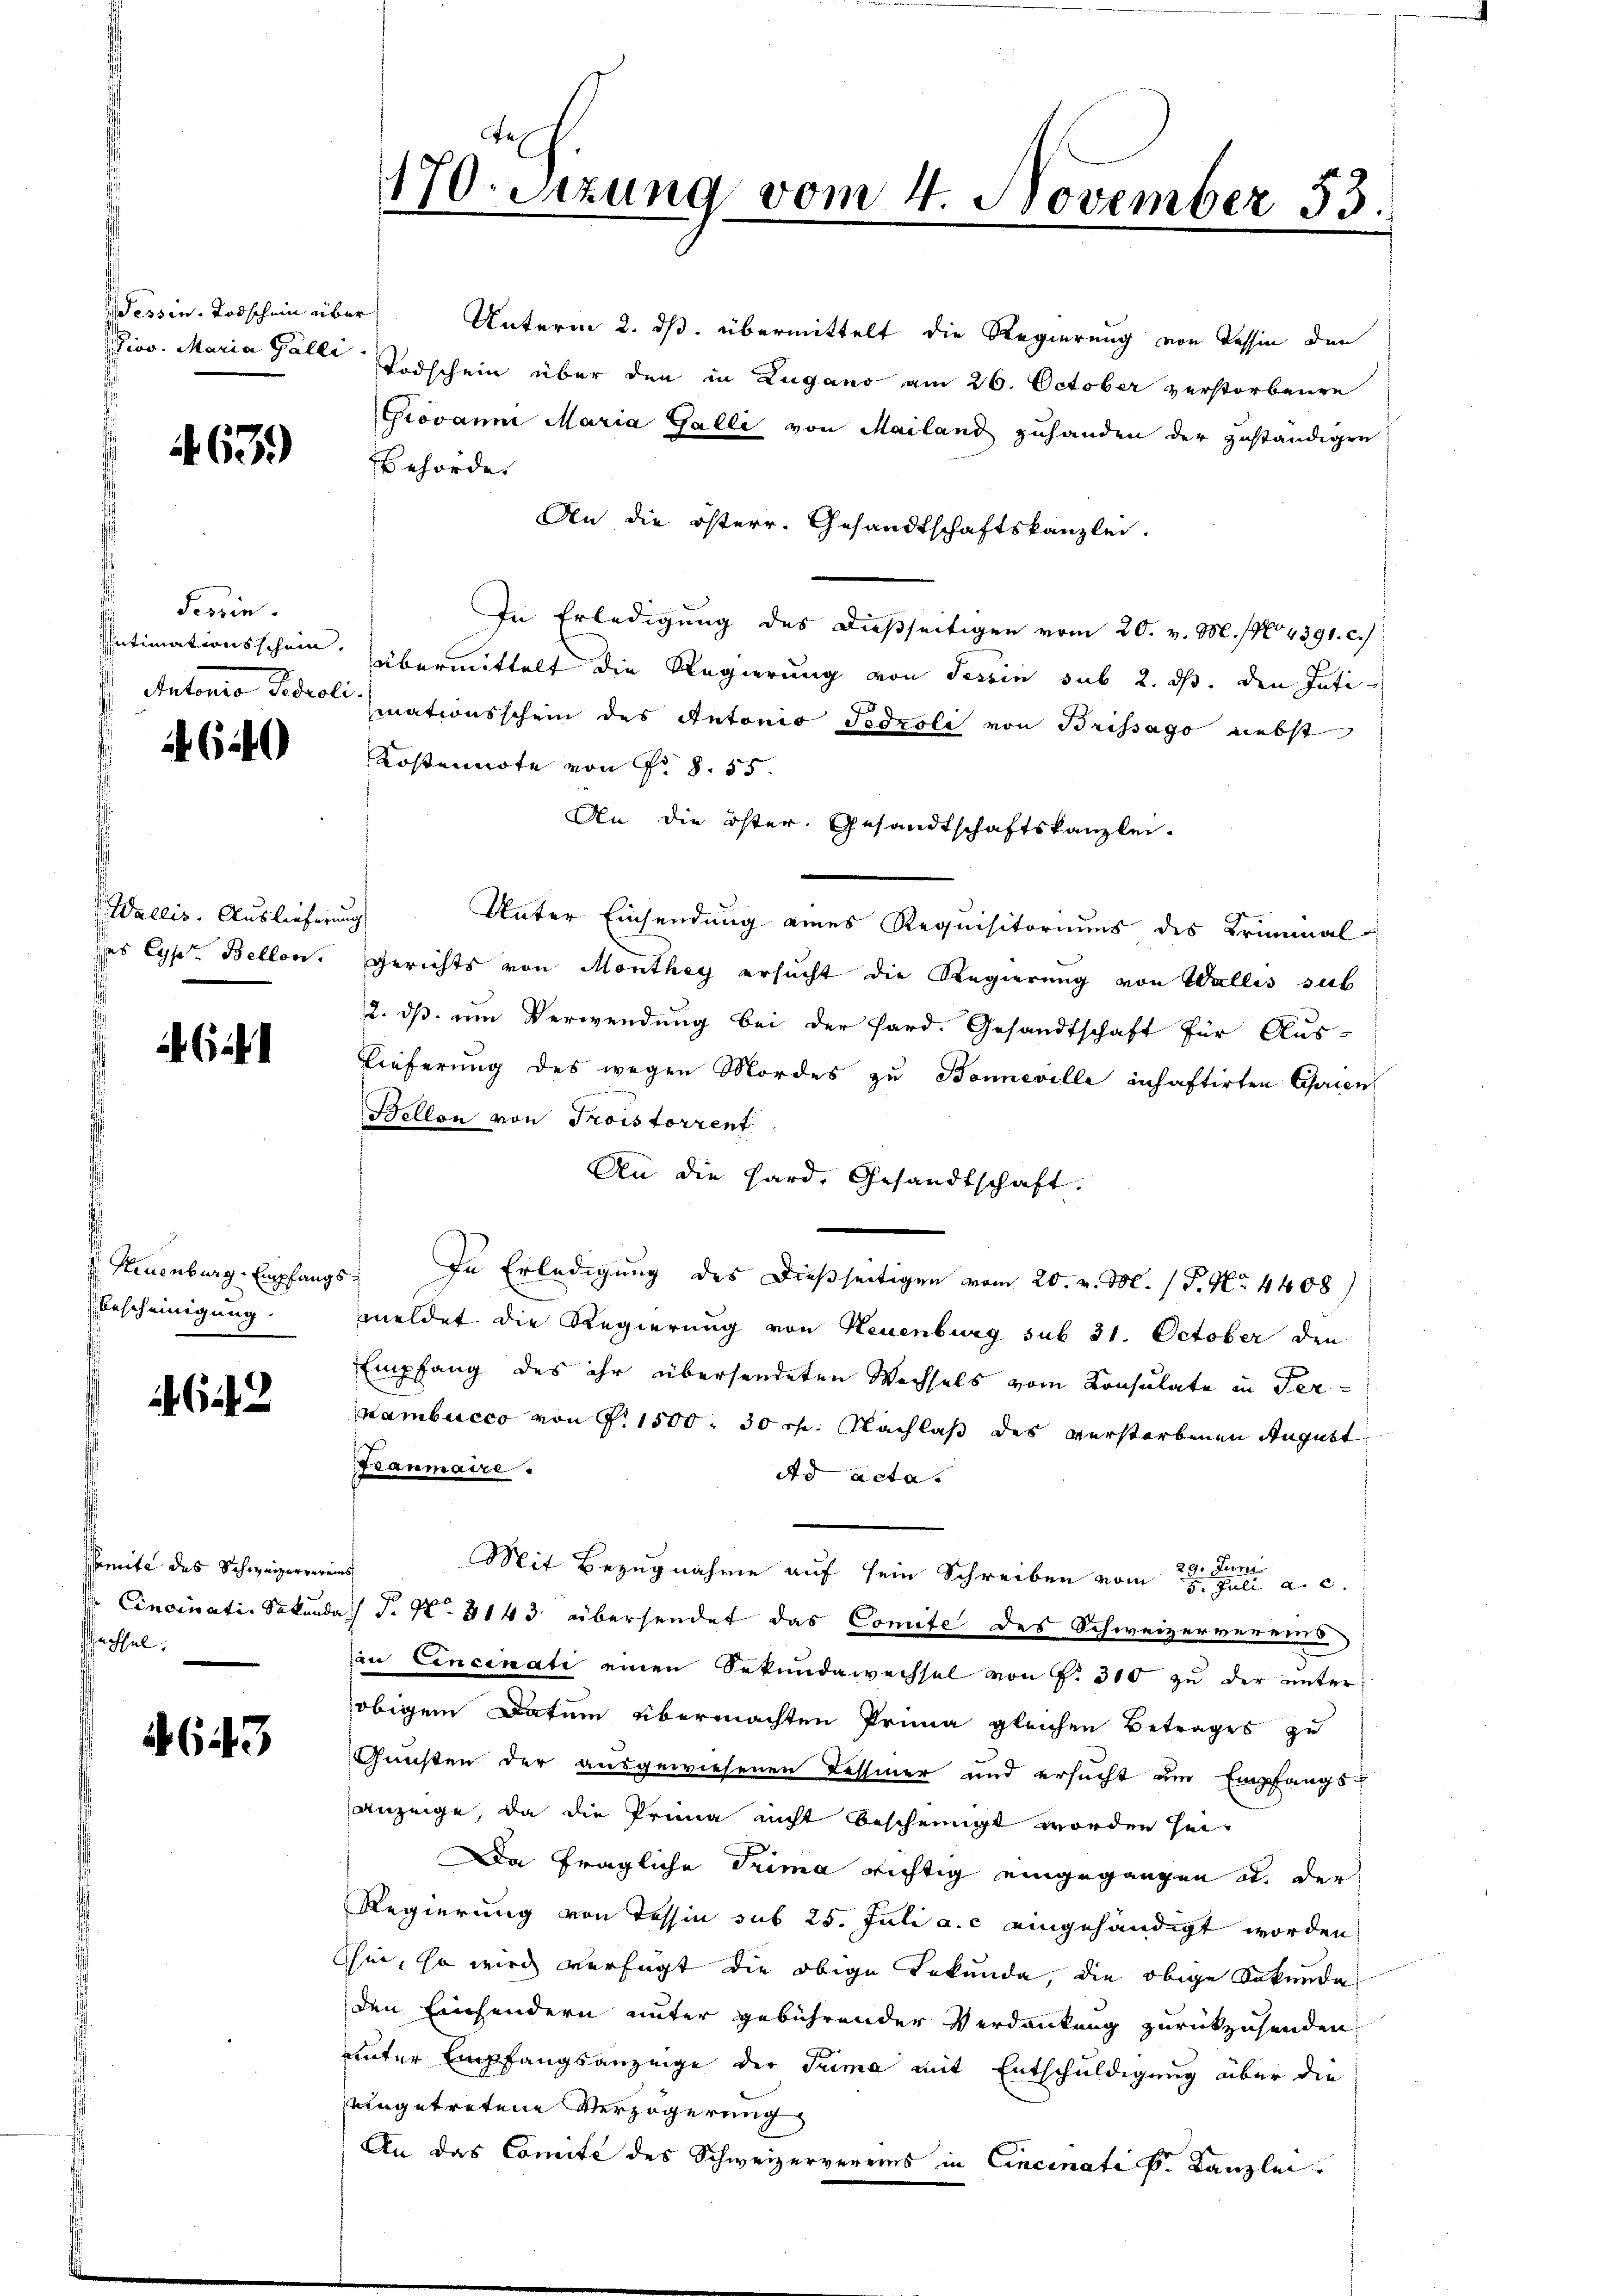
Beine Raschien über

463)

Feszin
 Autorio Paroli

640

V. Wallis. Auslieferung

624

Bescheinigung.

somite des Schweizering
ffartel.

643

170. Sitzung vom 4. November 53

Unterm 2. ds. übermittelt die Regierung von Tessin den
ior. Maria Haller Todschein über den in Zugano am 26. October verstorbenen
Giovan Maria Galli von Mailand zuhanden der zuständigen
Behörde
An die österr. Gesandtschaftskanzlei.
In Erledigung des dießseitigen vom 20. v. M. (No 4391. c.
Intimationsschein übermittelt die Regierung von darin sub 2. ds. den Inti-
mationsschein des Antonio Fedroli von Brissago nebst
Kostennote von Fr. 8. 55.
An die öster. Gesandtschaftskanzlei-
Unter Einsendung eines Requisitoriums des Kriminal
des Cypr. Bellen. Gerichts von Monthey ersucht die Regierung von Wallis sub
2. dß um Verwendung bei der Sard. Gesandtschaft für Aus-
Lieferung des wegen Mordes zu Bonneville inhaftirten Garten
Bellon von Troistorrent
An die Hard, Gesandtschaft:
 Neuenburg. Empfangs. In Erledigung des Dießseitigen vom 20. v. M. (T. No. 4408)
meldet die Regierung von Neuenburg sub 31. October den
Empfang des ihr übersendeten Wechsels vom Konsulate in Ter¬
Kambucco von G. 1500. 30 rp. Nachlaß des verstorbenen August
ranmaire.
dd acta.
29. Juni
Mit Bezugnahme auf sein Schreiben vom 5. Juli a. c.
V Cincinati Sekunda S. Nr. 8143 übersendet das Comite des Schweizervereins
an Cincinati einen Sekundawechsel von P. 310 zu der unter
obigem Datum übermachten Prima gleichen Betrages zu
Gunsten der ausgewiesenen Tessiner und ersucht um Empfangs-
Anzeige, da die Prima nicht bescheinigt worden sei.
Da fragliche Trima richtig eingegangen als der
Regierung von Tessin sub 25. Juli a.c. eingehändigt worden
Chen, so wird verfügt die obige Lekunde, die obige Sekundaden Einsendern unter gebührender Verdankung zurückzusenden.
unter Empfangsanzeige der Prima mit Entschuldigung über die
eingetretene Verzögerung
An das Comite des Schweizervereins in Cincinati k. Kanzlei.